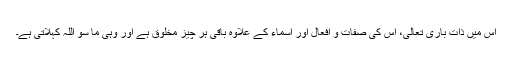
اس میں ذاتِ باری تعالیٰ، اس کی صفات و افعال اور اسماء کے علاوہ باقی ہر چیز مخلوق ہے اور وہی ما سِوَ اللہ کہلاتی ہے۔